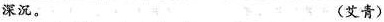
深沉。 (艾青)